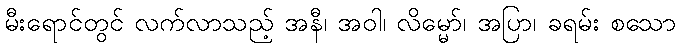
မီးရောင်တွင် လက်လာသည့် အနီ၊ အဝါ၊ လိမ္မော်၊ အပြာ၊ ခရမ်း စသော